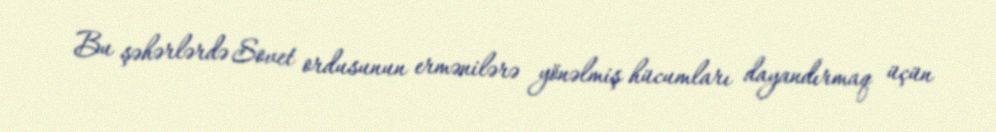
Bu şəhərlərdə Sovet ordusunun ermənilərə yönəlmiş hücumları dayandırmaq üçün